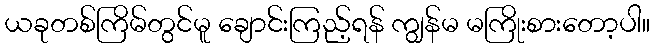
ယခုတစ်ကြိမ်တွင်မူ ချောင်းကြည့်ရန် ကျွန်မ မကြိုးစားတော့ပါ။